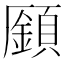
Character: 𩔟